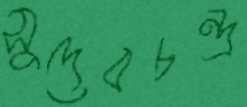
সুদেবচন্দ্র